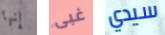
إنها غبى سيدي